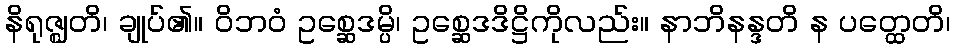
နိရုဇ္ဈတိ၊ ချုပ်၏။ ဝိဘဝံ ဥစ္ဆေဒမ္ပိ၊ ဥစ္ဆေဒဒိဋ္ဌိကိုလည်း။ နာဘိနန္ဒတိ န ပတ္ထေတိ၊